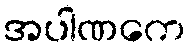
အပါဏကေ